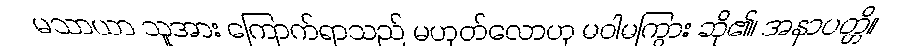
မသာယာ သူအား ကြောက်ရာသည် မဟုတ်လောဟု မဝါမကြွား ဆို၏၊ အနာပတ္တိ။